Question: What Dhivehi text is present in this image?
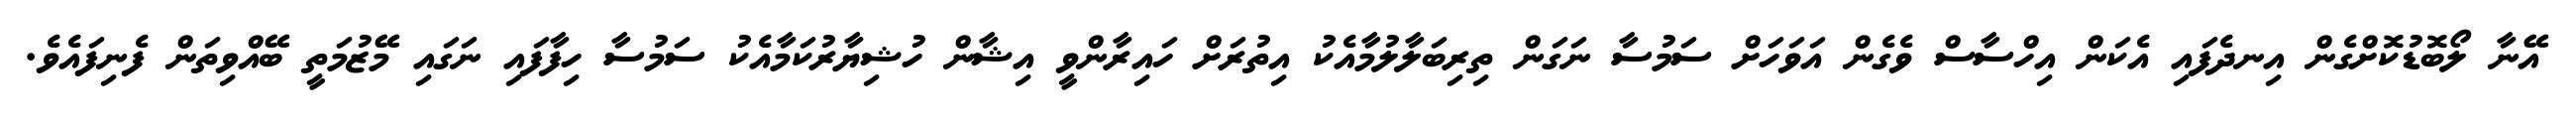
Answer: އޭނާ ލޯބޮޑުކޮށްގެން އިނދެފައި އެކަން އިހްސާސް ވެގެން އަވަހަށް ސަމުސާ ނަގަން ތިރިބަލާލުމާއެކު އިތުރަށް ހައިރާންވީ އިޝާން ހުޝިޔާރުކަމާއެކު ސަމުސާ ހިފާފައި ނަގައި މޭޒުމަތީ ބޭއްވިތަން ފެނިފައެވެ.